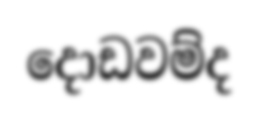
දොඩවම්ද